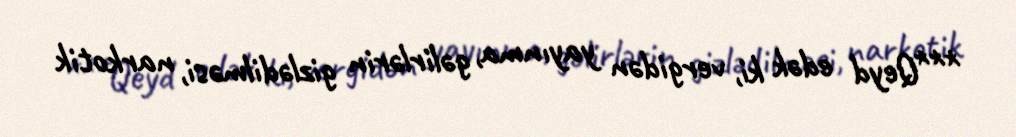
***Qeyd edək ki, vergidən yayınma, gəlirlərin gizlədilməsi, narkotik